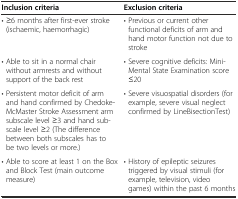
<table><thead><tr><td><b>Inclusion criteria</b></td><td><b>Exclusion criteria</b></td></tr></thead><tbody><tr><td>• ≥6 months after first-ever stroke (ischaemic, haemorrhagic)</td><td>• Previous or current other functional deficits of arm and hand motor function not due to stroke</td></tr><tr><td>• Able to sit in a normal chair without armrests and without support of the back rest</td><td>• Severe cognitive deficits: Mini-Mental State Examination score ≤20</td></tr><tr><td>• Persistent motor deficit of arm and hand confirmed by Chedoke-McMaster Stroke Assessment arm subscale level ≥3 and hand subscale level ≥2 (The difference between both subscales has to be two levels or more.)</td><td>• Severe visuospatial disorders (for example, severe visual neglect confirmed by LineBisectionTest)</td></tr><tr><td>• Able to score at least 1 on the Box and Block Test (main outcome measure)</td><td>• History of epileptic seizures triggered by visual stimuli (for example, television, video games) within the past 6 months</td></tr></tbody></table>